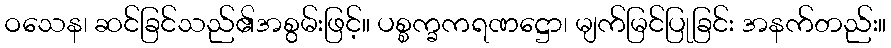
ဝသေန၊ ဆင်ခြင်သည်၏အစွမ်းဖြင့်။ ပစ္စက္ခကရဏဋ္ဌော၊ မျက်မြင်ပြုခြင်း အနက်တည်း။